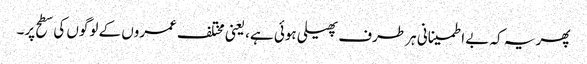
پھر یہ کہ بے اطمینانی ہر طرف پھیلی ہوئی ہے، یعنی مختلف عمروں کے لوگوں کی سطح پر۔